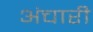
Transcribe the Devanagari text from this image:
अंचारी